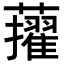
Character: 𧃔